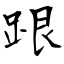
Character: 跟